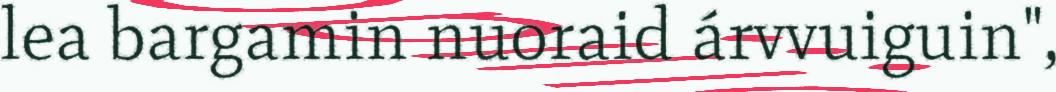
lea bargamin nuoraid árvvuiguin",